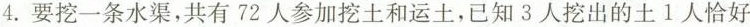
4.要挖一条水渠，共有72人参加挖土和运土，已知3人挖出的土1人恰好